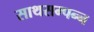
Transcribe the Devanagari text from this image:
साथसम्पन्न